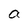
Character: a